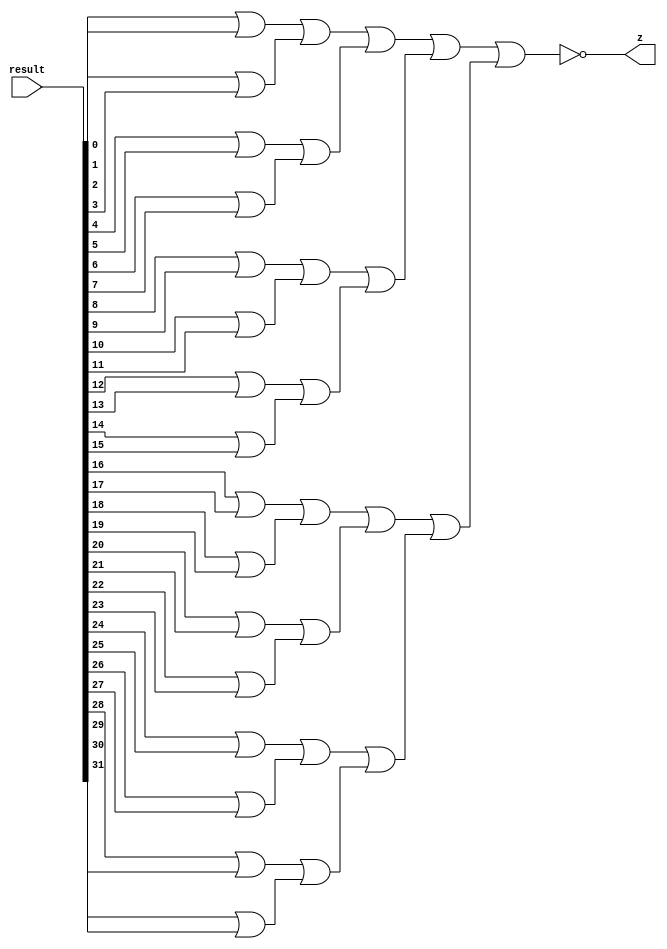
`timescale 1ns / 1ps
//////////////////////////////////////////////////////////////////////////////////
// Company: 
// Engineer: 
// 
// Design Name: 
// Module Name:    zero 
// Project Name: 
// Target Devices: 
// Tool versions: 
// Description: 
//
// Dependencies: 
//
// Revision: 
// Revision 0.01 - File Created
// Additional Comments: 
//
//////////////////////////////////////////////////////////////////////////////////
module zero(
		input[31:0] result,
		output z
    );

	wire w1, w2, w3, w4, w5, w6, w7, w8, w9, w10, w11, w12, w13, w14, w15, w16;
	wire x1, x2, x3, x4, x5, x6, x7, x8;
	wire y1, y2, y3, y4;
	wire z1, z2;
	wire c, d;
	
	or g1(w1, result[0], result[1]);
	or g2(w2, result[2], result[3]);
	or g3(w3, result[4], result[5]);
	or g4(w4, result[6], result[7]);

	or g5(w5, result[8], result[9]);
	or g6(w6, result[10], result[11]);
	or g7(w7, result[12], result[13]);
	or g8(w8, result[14], result[15]);
	
	or g9(w9, result[16], result[17]);
	or g10(w10, result[18], result[19]);
	or g11(w11, result[20], result[21]);
	or g12(w12, result[22], result[23]);
	
	or g13(w13, result[24], result[25]);
	or g14(w14, result[26], result[27]);
	or g15(w15, result[28], result[29]);
	or g16(w16, result[30], result[31]);
	
	or h1(x1, w1, w2);
	or h2(x2, w3, w4);
	or h3(x3, w5, w6);
	or h4(x4, w7, w8);
	
	or h5(x5, w9, w10);
	or h6(x6, w11, w12);
	or h7(x7, w13, w14);
	or h8(x8, w15, w16);
	
	or i1(y1, x1, x2);
	or i2(y2, x3, x4);
	or i3(y3, x5, x6);
	or i4(y4, x7, x8);
	
	or j1(z1, y1, y2);
	or j2(z2, y3, y4);
	
	or k(c, z1, z2);
	not n(z, c);
/*
always@(*)
	z <= d;
*/
endmodule